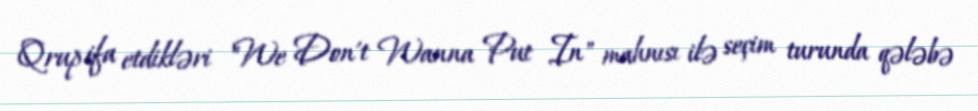
Qrup ifa etdikləri "We Don't Wanna Put In" mahnısı ilə seçim turunda qələbə